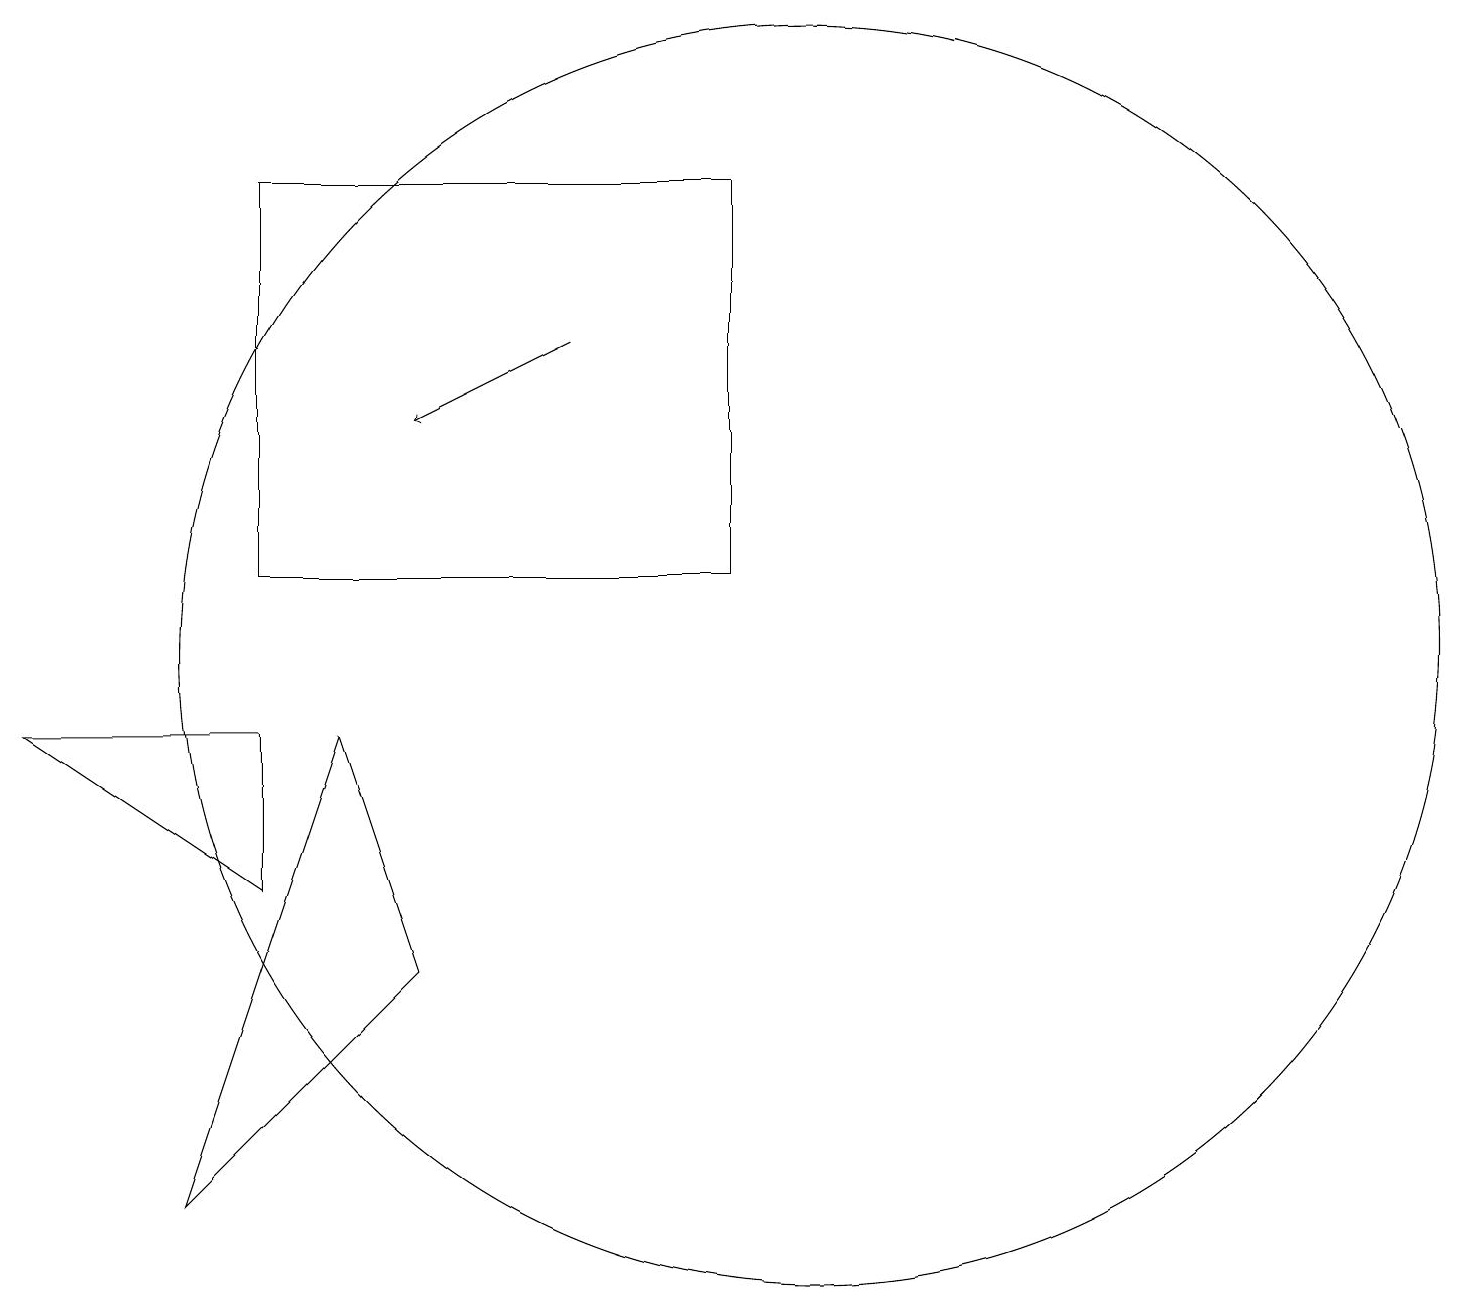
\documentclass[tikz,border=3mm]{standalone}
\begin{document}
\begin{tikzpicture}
\draw (10,10) circle (8);
\draw[->] (7,14) -- (5,13);
\draw (3,7) -- (3,9) -- (0,9) -- cycle;
\draw (3,11) rectangle (9,16);
\draw (5,6) -- (4,9) -- (2,3) -- cycle;
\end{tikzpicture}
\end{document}